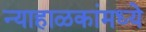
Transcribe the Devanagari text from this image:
न्याहाळकांमध्ये